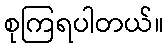
စုကြရပါတယ်။